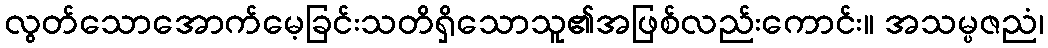
လွတ်သောအောက်မေ့ခြင်းသတိရှိသောသူ၏အဖြစ်လည်းကောင်း။ အသမ္ပဇညံ၊